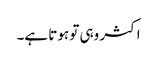
اکثر وہی تو ہوتا ہے۔